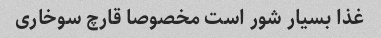
غذا بسیار شور است مخصوصا قارچ سوخاری